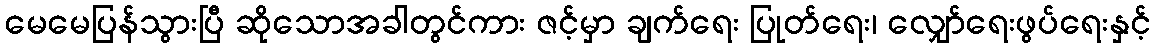
မေမေပြန်သွားပြီ ဆိုသောအခါတွင်ကား ဇင့်မှာ ချက်ရေး ပြုတ်ရေး၊ လျှော်ရေးဖွပ်ရေးနှင့်